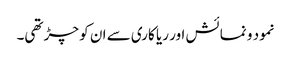
نمود و نمائش اور ریا کاری سے ان کو چڑ تھی۔